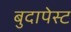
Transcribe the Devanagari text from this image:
बुदापेस्ट